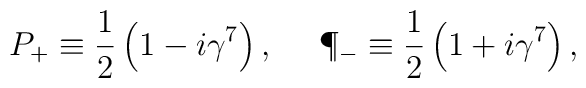
P_+ \equiv {1 \over 2} \left( 1 - i \gamma^7 \right), \ \ \ \ \P_- \equiv {1 \over 2} \left( 1 + i \gamma^7 \right),